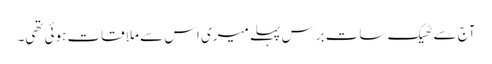
آج سے ٹھیک سات برس پہلے میری اس سے ملاقات ہوئی تھی۔